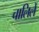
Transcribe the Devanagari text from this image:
चालिलें